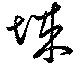
城